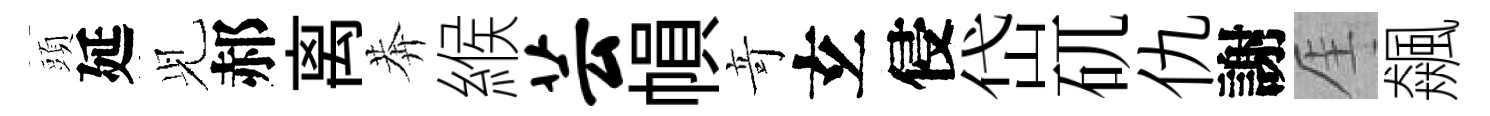
頭延𫤗郝离莾緱芸𢄙竒𤣥侵岱矹仇謝厓飆